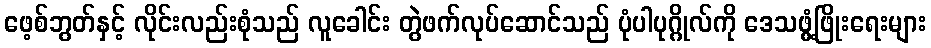
ဖေ့စ်ဘွတ်နှင့် လိုင်းလည်းစုံသည် လူခေါင်း တွဲဖက်လုပ်ဆောင်သည် ပုံပါပုဂ္ဂိုလ်ကို ဒေသဖွံ့ဖြိုးရေးများ